Scottish Leaving Certificate Examination, 1956
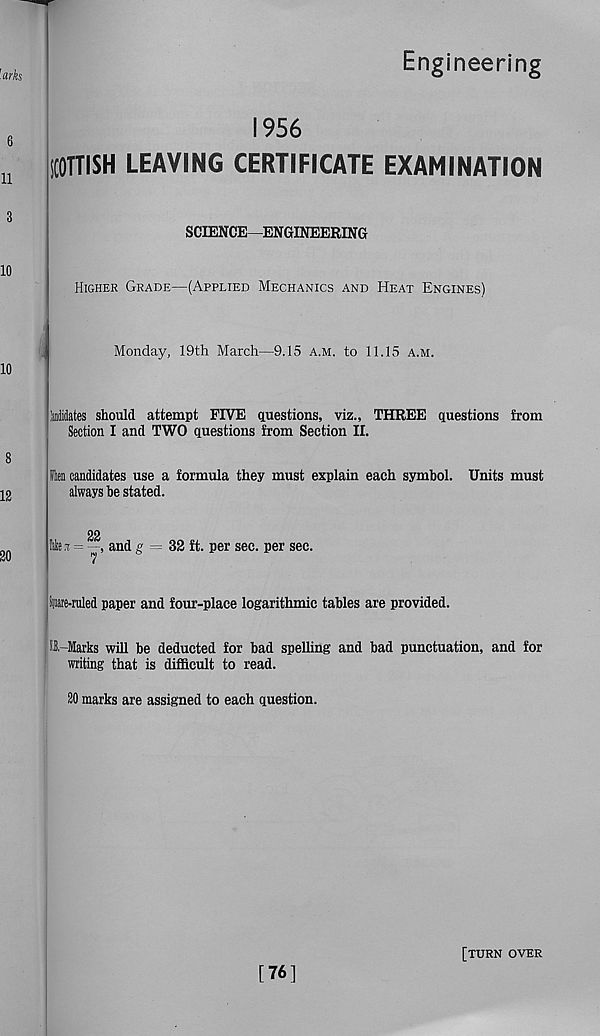
Engineering
1956
SCOTTISH LEAVING CERTIFICATE EXAMINATION
SCIENCE—ENGINEERING
Higher Grade—(Applied Mechanics and Heat Engines)
Monday, 19th March—9,15 a.m, to 11.15 a.m.
ilidates should attempt FIVE questions, viz., THREE questions from
Section I and TWO questions from Section II.
fcn candidates use a formula they must explain each symbol. Units must
always be stated.
err
and g = 32 ft. per sec. per sec.
Stare-ruled paper and four-place logarithmic tables are provided.
SB,-Marks will be deducted for bad spelling and bad punctuation, and for
writing that is difficult to read.
20 marks are assigned to each question.